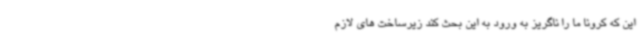
این که کرونا ما را ناگریز به ورود به این بحث کند زیرساخت های لازم